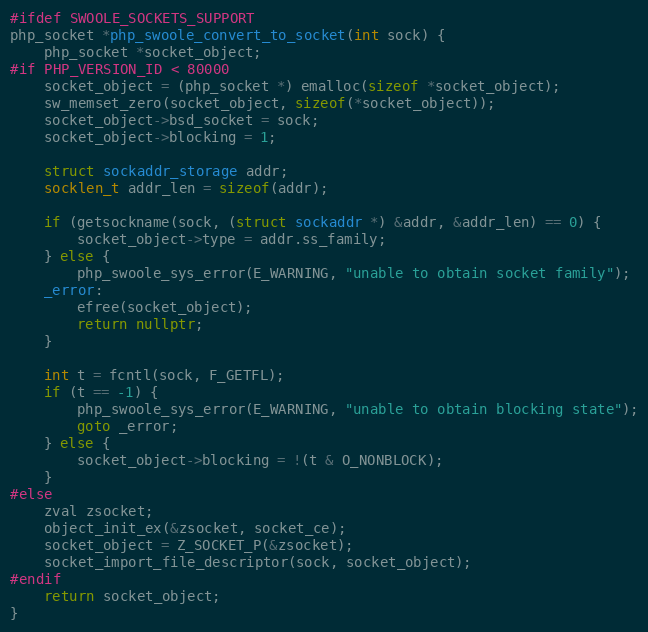
Language: C++
#ifdef SWOOLE_SOCKETS_SUPPORT
php_socket *php_swoole_convert_to_socket(int sock) {
    php_socket *socket_object;
#if PHP_VERSION_ID < 80000
    socket_object = (php_socket *) emalloc(sizeof *socket_object);
    sw_memset_zero(socket_object, sizeof(*socket_object));
    socket_object->bsd_socket = sock;
    socket_object->blocking = 1;

    struct sockaddr_storage addr;
    socklen_t addr_len = sizeof(addr);

    if (getsockname(sock, (struct sockaddr *) &addr, &addr_len) == 0) {
        socket_object->type = addr.ss_family;
    } else {
        php_swoole_sys_error(E_WARNING, "unable to obtain socket family");
    _error:
        efree(socket_object);
        return nullptr;
    }

    int t = fcntl(sock, F_GETFL);
    if (t == -1) {
        php_swoole_sys_error(E_WARNING, "unable to obtain blocking state");
        goto _error;
    } else {
        socket_object->blocking = !(t & O_NONBLOCK);
    }
#else
    zval zsocket;
    object_init_ex(&zsocket, socket_ce);
    socket_object = Z_SOCKET_P(&zsocket);
    socket_import_file_descriptor(sock, socket_object);
#endif
    return socket_object;
}